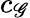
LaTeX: c_{\mathscr{G}}